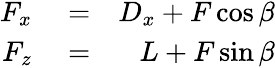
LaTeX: \begin{array}{rlr}{F_{x}}&{{}=}&{D_{x}+F\cos\beta}\\ {F_{z}}&{{}=}&{L+F\sin\beta}\end{array}